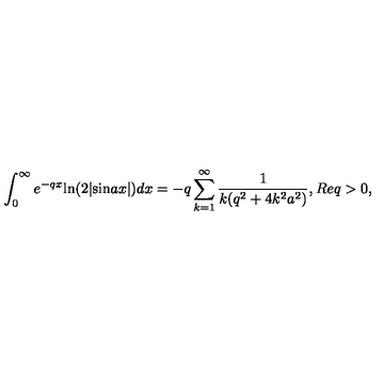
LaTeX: \int _ { 0 } ^ { \infty } e ^ { - q x } \mathrm { l n } ( 2 | \mathrm { s i n } a x | ) d x = - q \sum _ { k = 1 } ^ { \infty } \frac { 1 } { k ( q ^ { 2 } + 4 k ^ { 2 } a ^ { 2 } ) } , R e q > 0 ,